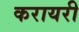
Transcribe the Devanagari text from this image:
करायरी